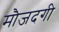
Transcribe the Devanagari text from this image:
मौजदगी